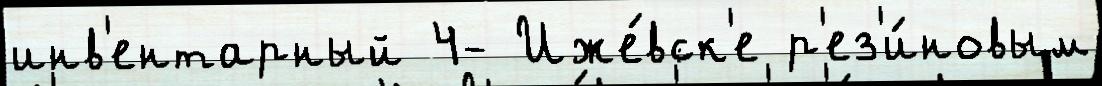
инв'ентарный 4- Иже́вск'е р'ез'и́новым